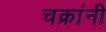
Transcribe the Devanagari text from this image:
चक्रांनी